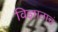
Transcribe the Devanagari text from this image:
विज्ञानाचं